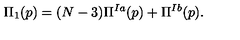
\Pi _ { 1 } ( p ) = ( N - 3 ) \Pi ^ { I a } ( p ) + \Pi ^ { I b } ( p ) .